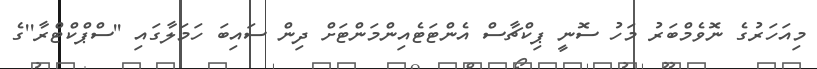
މިއަހަރުގެ ނޮވެމްބަރު މަހު ސޮނީ ޕިކްޗާސް އެންޓަޓެއިންމަންޓަށް ދިން ސައިބަ ހަމަލާގައި ''ސްޕްކްޓްރާ''ގެ